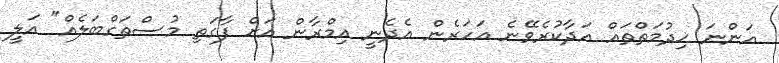
އަންނަ ޚިދުމަތްތައް އަދާކުރެވޭނެ އަހަރެން އެދެނީ އިމްރާން އަށް ފާގަތި މުސްތަގްބަލެއް" އަލީ